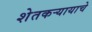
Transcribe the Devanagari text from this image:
शेतकऱ्यायाचे